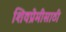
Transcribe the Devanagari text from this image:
शिवप्रेमीसाठी